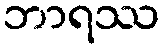
ဘာရဿ